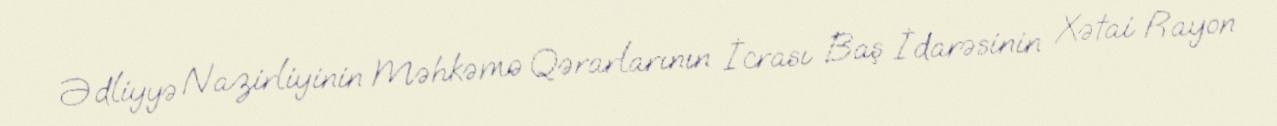
Ədliyyə Nazirliyinin Məhkəmə Qərarlarının İcrası Baş İdarəsinin Xətai Rayon